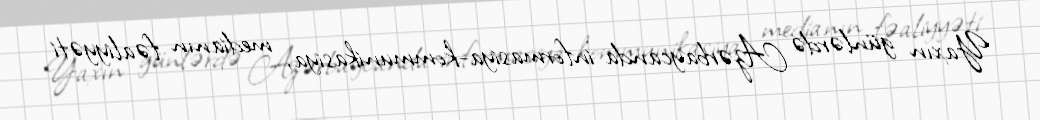
Yaxın günlərdə Azərbaycanda informasiya-kommunikasiya, medianın fəaliyyəti